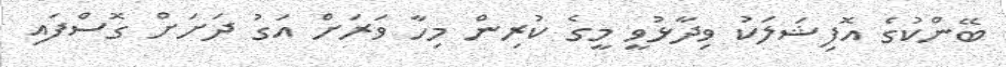
ބޭންކުގެ އޮފިޝަލަކު ވިދާޅުވީ މީގެ ކުރިން މިހާ ވަރަށް އަގު ދަށަށް ގޮސްފައި